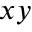
x y